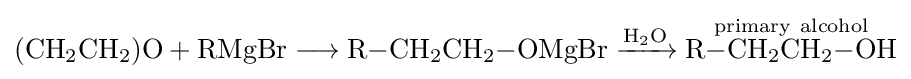
{(\mathrm {CH} {\vphantom {A}}_{\smash[{t}]{2}}\mathrm {CH} {\vphantom {A}}_{\smash[{t}]{2}})\mathrm {O} {}+{}\mathrm {RMgBr} {}\mathrel {\longrightarrow } {}\mathrm {R} {-}\mathrm {CH} {\vphantom {A}}_{\smash[{t}]{2}}\mathrm {CH} {\vphantom {A}}_{\smash[{t}]{2}}{-}\mathrm {OMgBr} {}\mathrel {\xrightarrow {\mathrm {H} {\vphantom {A}}_{\smash[{t}]{2}}\mathrm {O} } } {}{\overset {\mathrm {primary} ~\mathrm {alcohol} }{\mathrm {R} {-}\mathrm {CH} {\vphantom {A}}_{\smash[{t}]{2}}\mathrm {CH} {\vphantom {A}}_{\smash[{t}]{2}}{-}\mathrm {OH} }}}